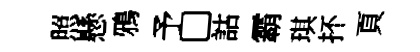
照懸鴉予□詁霸琪抔頁